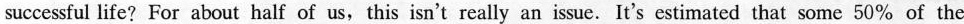
successful life? For about half of us, this isn't really an issue. It's estimated that some 50% of the